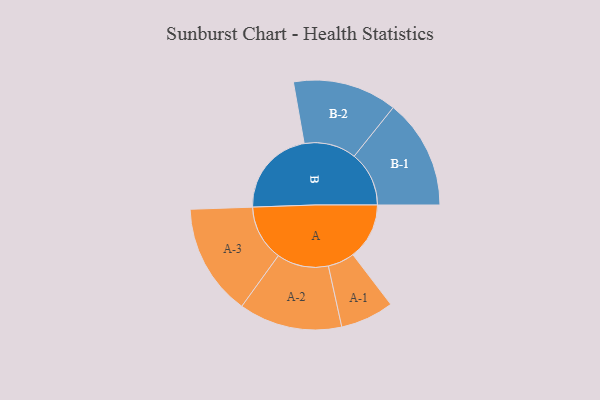
{"axis": {"x": "Segment", "y": "Value"}, "legend": ["", "A", "B"], "data": [{"x": "A", "y": 228, "type": ""}, {"x": "B", "y": 355, "type": ""}, {"x": "A-1", "y": 108, "type": "A"}, {"x": "A-2", "y": 209, "type": "A"}, {"x": "A-3", "y": 226, "type": "A"}, {"x": "B-1", "y": 222, "type": "B"}, {"x": "B-2", "y": 211, "type": "B"}]}